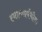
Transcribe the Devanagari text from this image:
स्यात्सार्वभौमः